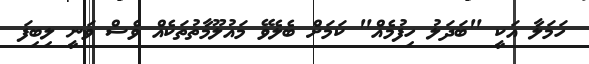
ހަމަލާ އަކީ "ބަދަލު ހިފުމެއް" ކަމަށް ބެލެވޭ މައުލޫމާތުތަކެއް ވެސް ވަނީ ލިބިފަ